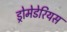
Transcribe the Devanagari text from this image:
ड्रोमेडेरियस